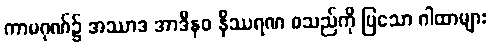
ကာမဂုဏ်၌ အဿာဒ အာဒီနဝ နိဿရဏ စသည်ကို ပြသော ဂါထာများ